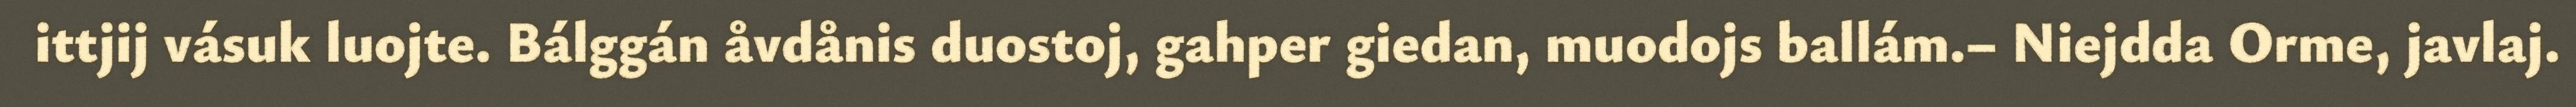
ittjij vásuk luojte. Bálggán åvdånis duostoj, gahper giedan, muodojs ballám.– Niejdda Orme, javlaj.